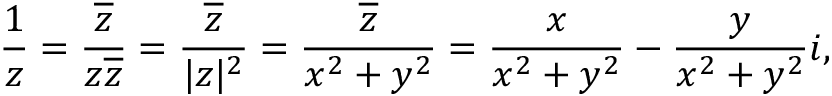
{ \frac { 1 } { z } } = { \frac { \overline { { z } } } { z { \overline { { z } } } } } = { \frac { \overline { { z } } } { | z | ^ { 2 } } } = { \frac { \overline { { z } } } { x ^ { 2 } + y ^ { 2 } } } = { \frac { x } { x ^ { 2 } + y ^ { 2 } } } - { \frac { y } { x ^ { 2 } + y ^ { 2 } } } i ,